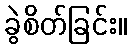
ခွဲစိတ်ခြင်း။